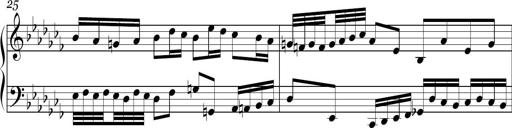
Title: Ten Piano Sonatinas
Composer: Andreas Sain